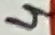
Text: 4